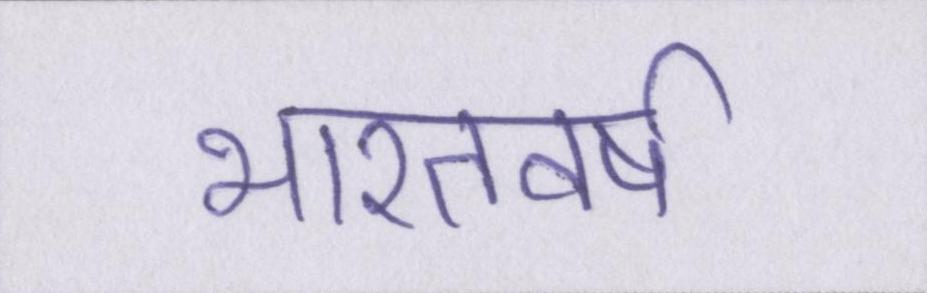
भारतवर्ष